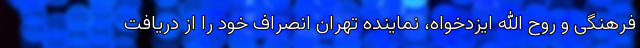
فرهنگی و روح الله ایزدخواه، نماینده تهران انصراف خود را از دریافت